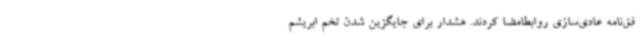
فق‌نامه عادی‌سازی روابطامضا کردند. هشدار برای جایگزین شدن تخم ابریشم